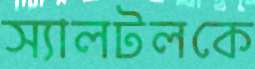
স্যালটলকে